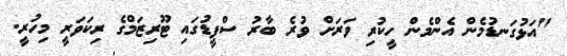
"އަޅުގަނޑުމެން އެންމެން ހީކުރި ވަރަށް ވުރެ ބާރު ސްޕީޑުގައި ޓޫރިޒަމްގެ ރިކަވަރީ މިހުރީ.